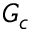
G _ { c }